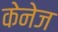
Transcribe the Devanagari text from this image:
केनेज